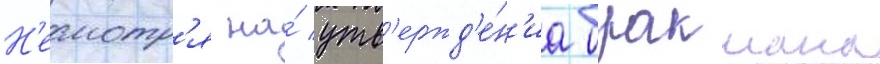
Н'есмотр'я на́ утв'ержд'е́н'иа бракмана